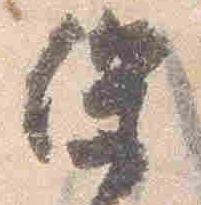
保